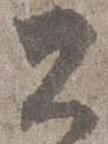
公